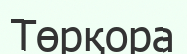
Төрқора